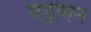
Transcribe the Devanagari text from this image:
एंड्रीएन